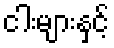
ငါးများနှင့်